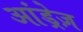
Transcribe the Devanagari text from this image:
आंड्रेज़